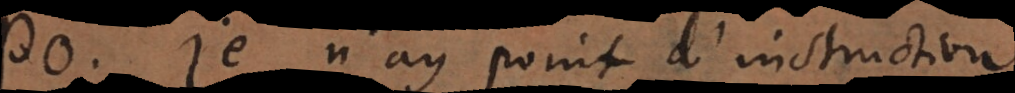
o. Je n’ay point d’instruction